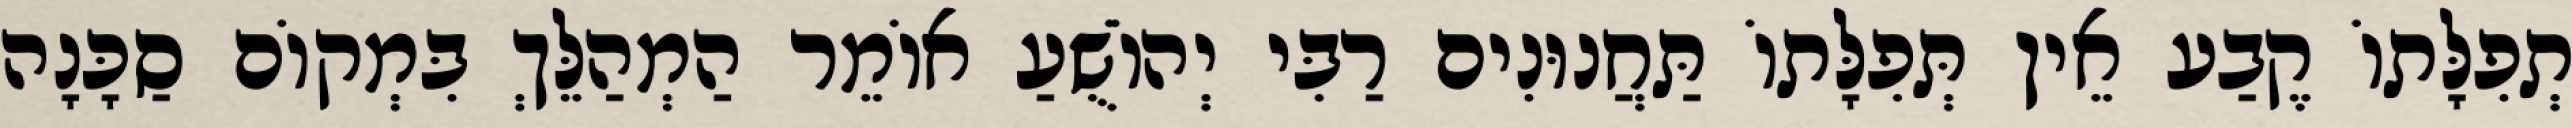
תְפִלָּתוֹ קֶבַע אֵין תְּפִלָּתוֹ תַּחֲנוּנִים רַבִּי יְהוֹשֻׁעַ אוֹמֵר הַמְהַלֵּךְ בִּמְקוֹם סַכָּנָה